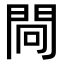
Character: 𨴀